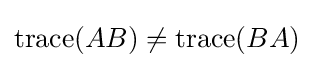
\operatorname {trace} (AB)\neq \operatorname {trace} (BA)